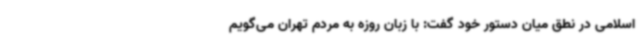
اسلامی در نطق میان دستور خود گفت: با زبان روزه به مردم تهران می‌گویم